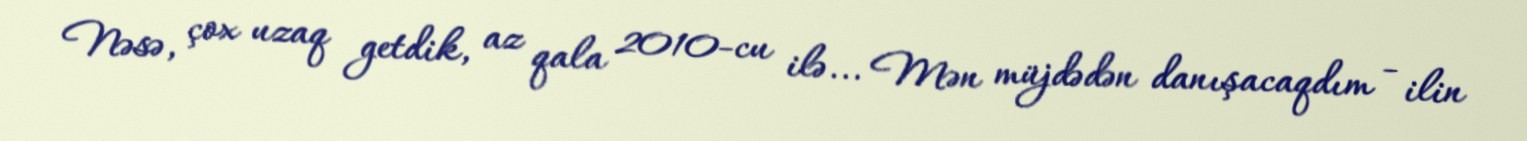
Nəsə, çox uzaq getdik, az qala 2010-cu ilə... Mən müjdədən danışacaqdım - ilin